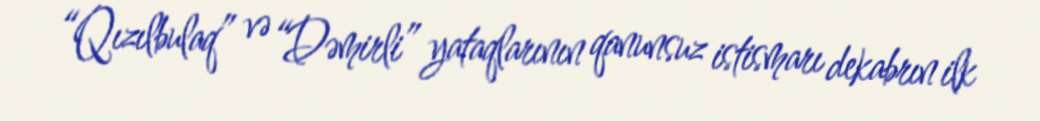
“Qızılbulaq” və “Dəmirli” yataqlarının qanunsuz istismarı dekabrın ilk